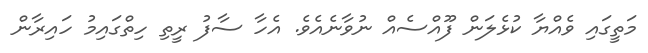
މަތީގައި ވެއްޔާ ކުޅެލަން ފޫއްސެއް ނުވާނެއެވެ. އެހާ ސާފު ރީތި ހިތްގައިމު ހައިރާން